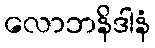
လောဘနိဒါနံ